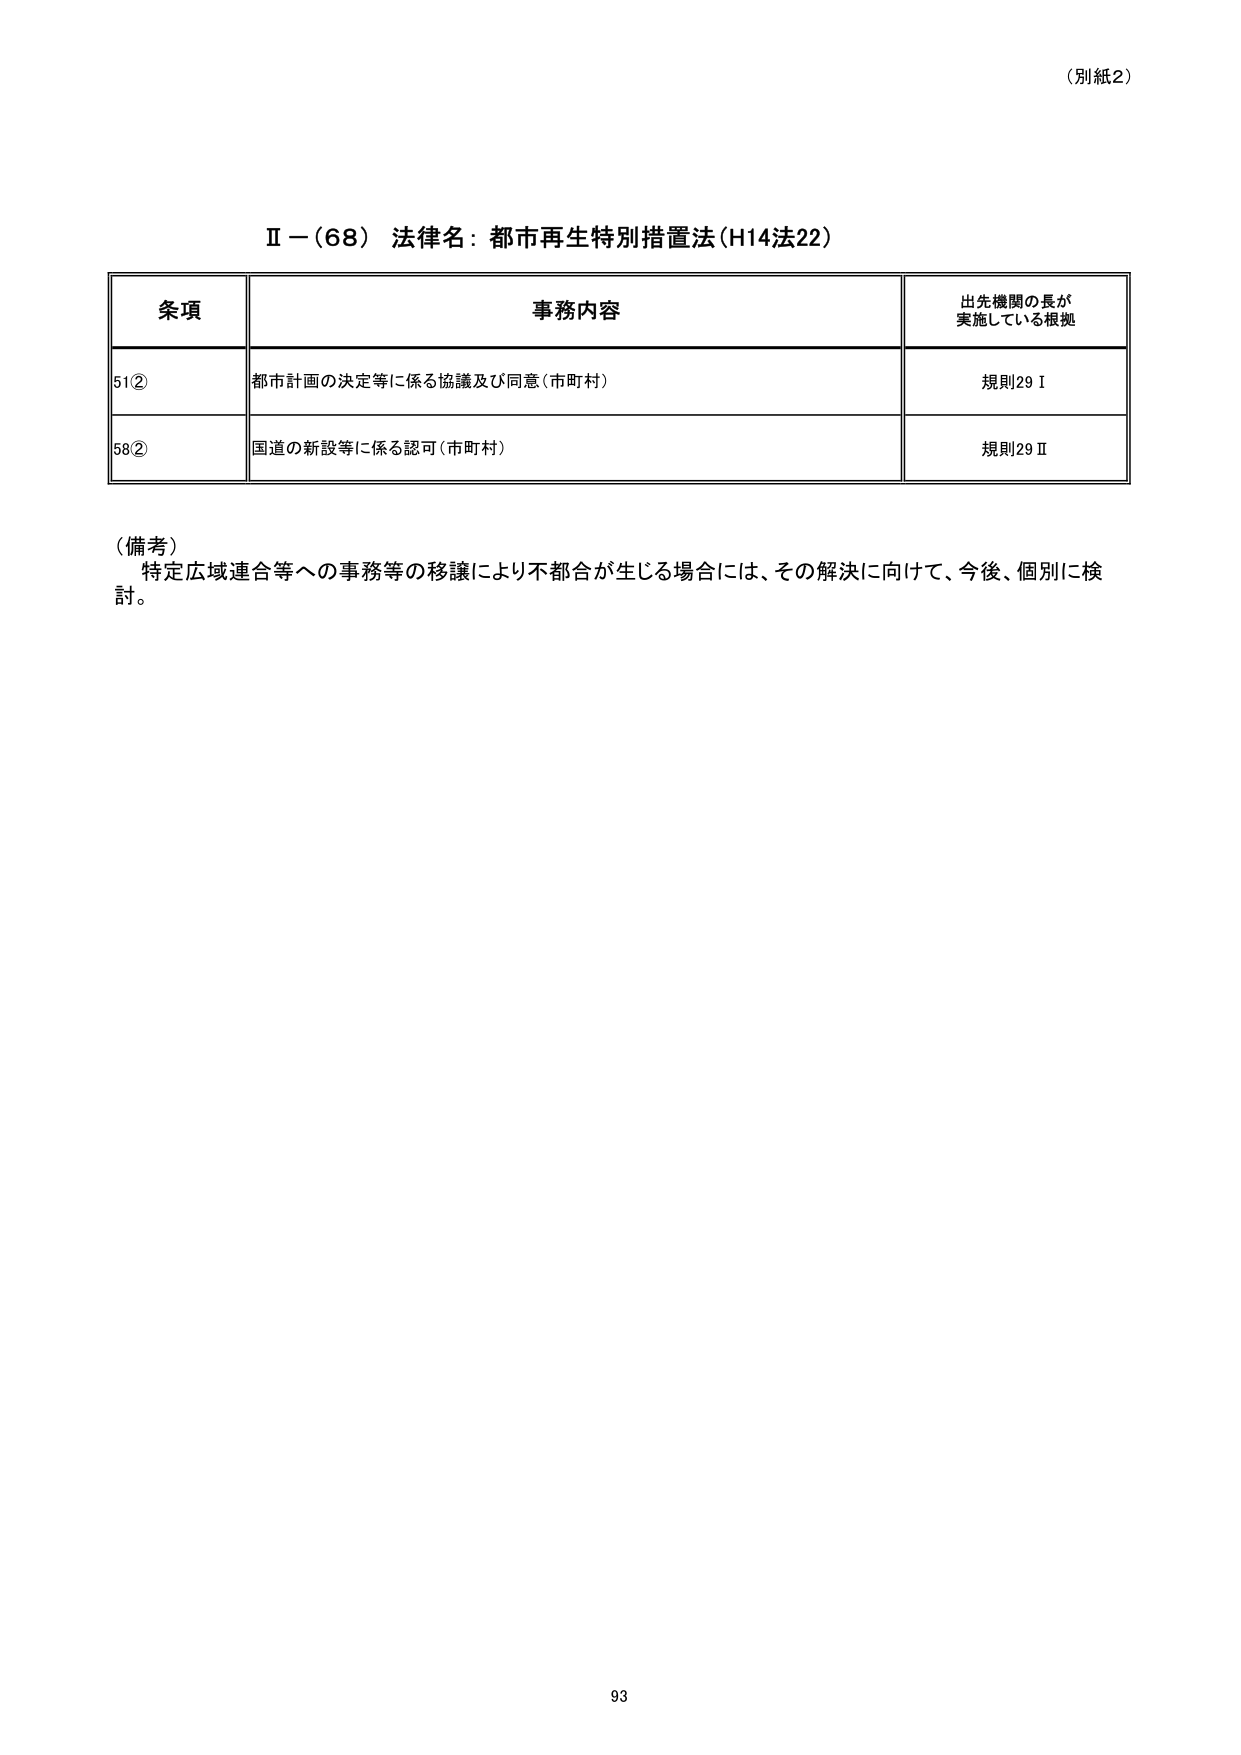
（別紙2）

Ⅱ－（68） 法律名：都市再生特別措置法（H14法22）

条項 事務内容 出先機関の長が 実施している根拠
51② 都市計画の決定等に係る協議及び同意（市町村） 規則29Ⅰ
58② 国道の新設等に係る認可（市町村） 規則29Ⅱ

（備考）
特定広域連合等への事務等の移譲により不都合が生じる場合には、その解決に向けて、今後、個別に検討。

93